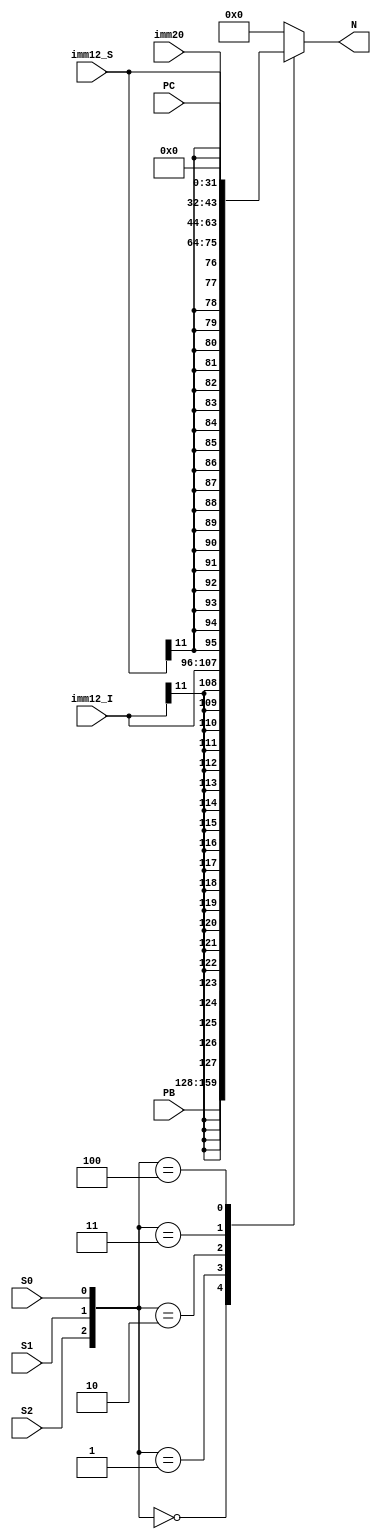
module SOH (
    input S2, S1, S0,
    input [31:0] PB,
    input [11:0] imm12_I,
    input [11:0] imm12_S,
    input [19:0] imm20,
    input [31:0] PC,
    output reg [31:0] N
);

always @* begin
    N = 32'b0;
    
    case ({S2, S1, S0})
        3'b000: N = PB;
        3'b001: N = { {20{imm12_I[11]}}, imm12_I };
        3'b010: N = { {20{imm12_S[11]}}, imm12_S };
        3'b011: N = { imm20, 12'b000000000000 };
        3'b100: N = PC;
    endcase
end

endmodule

module SOH_tb;
    reg S2, S1, S0;
    reg [31:0] PB, PC;
    reg [11:0] imm12_I, imm12_S;
    reg [19:0] imm20;
    wire [31:0] N;

    reg [2:0] counter;

    SOH uut (
        .S2(S2),
        .S1(S1),
        .S0(S0),
        .PB(PB),
        .imm12_I(imm12_I),
        .imm12_S(imm12_S),
        .imm20(imm20),
        .PC(PC),
        .N(N)
    );

    initial begin

        // Assign other inputs with values
        PB = 32'b00000100001100011111111111101010;
        imm12_I = 12'b110000001100;
        imm12_S = 12'b011100001111;
        imm20 = 20'b11101100010001001111;
        PC = 32'b11000100001100011111111111101010;

        $display("S2 S1 S0   N");
        $display("-------------------------------------------");

        // Display the input values and corresponding output N
        $monitor("%b  %b  %b    %b", S2, S1, S0, N);


        // Iterate through all possible combinations of S inputs
        for (counter = 0; counter < 5; counter = counter + 1) begin
            {S2, S1, S0} = counter[2:0];

            #2;
        end

        $finish;
    end
endmodule